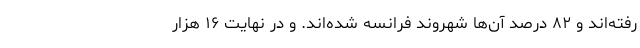
رفته‌اند و ۸۲ درصد آن‌ها شهروند فرانسه شده‌اند. و در نهایت ۱۶ هزار